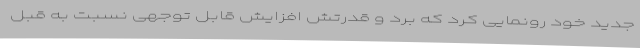
جدید خود رونمایی کرد که برد و قدرتش افزایش قابل توجهی نسبت به قبل